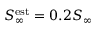
S _ { \infty } ^ { \mathrm { e s t } } = 0 . 2 S _ { \infty }